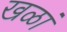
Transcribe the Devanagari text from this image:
खळां